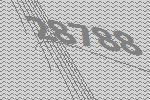
28788